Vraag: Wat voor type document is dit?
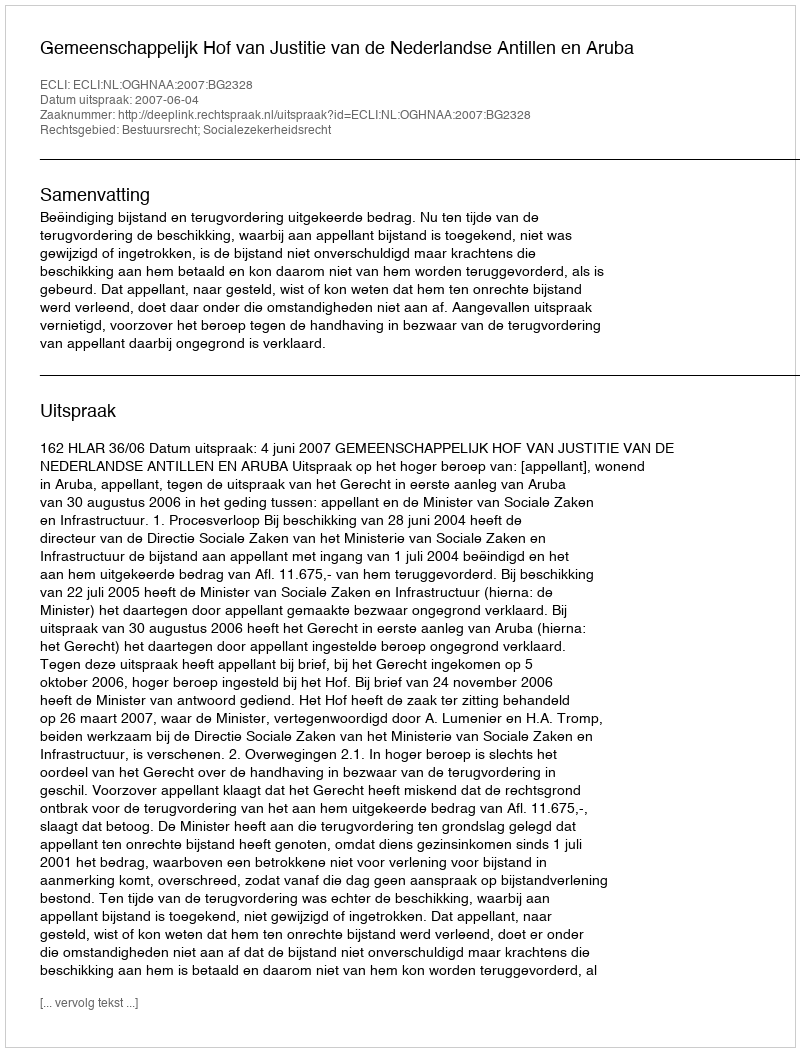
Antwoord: Uitspraak